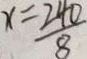
x = \frac { 2 4 0 } { 8 }